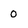
Character: 0